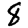
Digit: 8